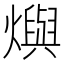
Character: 𤑉